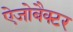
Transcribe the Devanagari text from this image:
ऐजोबैक्टर